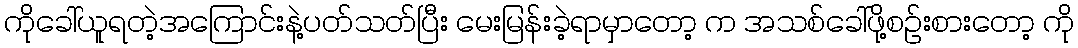
ကိုခေါ်ယူရတဲ့အကြောင်းနဲ့ပတ်သတ်ပြီး မေးမြန်းခဲ့ရာမှာတော့ က အသစ်ခေါ်ဖို့စဉ်းစားတော့ ကို